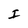
Character: I